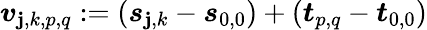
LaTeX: \boldsymbol{v}_{\mathbf{j},k,p,q}:=\left(\boldsymbol{s}_{\mathbf{j},k}-\boldsymbol{s}_{0,0}\right)+\left(\boldsymbol{t}_{p,q}-\boldsymbol{t}_{0,0}\right)